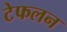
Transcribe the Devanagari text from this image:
टेफलन